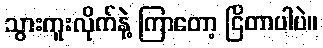
သွားကူးလိုက်နဲ့ ကြာတော့ ငြိတာပါပဲ။